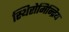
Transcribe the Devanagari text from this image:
स्थिरोमिन्द्रिय